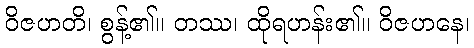
ဝိဇဟတိ၊ စွန့်၏။ တဿ၊ ထိုရဟန်း၏။ ဝိဇဟနေ၊